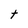
Character: t